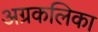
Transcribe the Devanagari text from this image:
अग्रकलिका